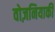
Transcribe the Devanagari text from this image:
वोज़नियाकी